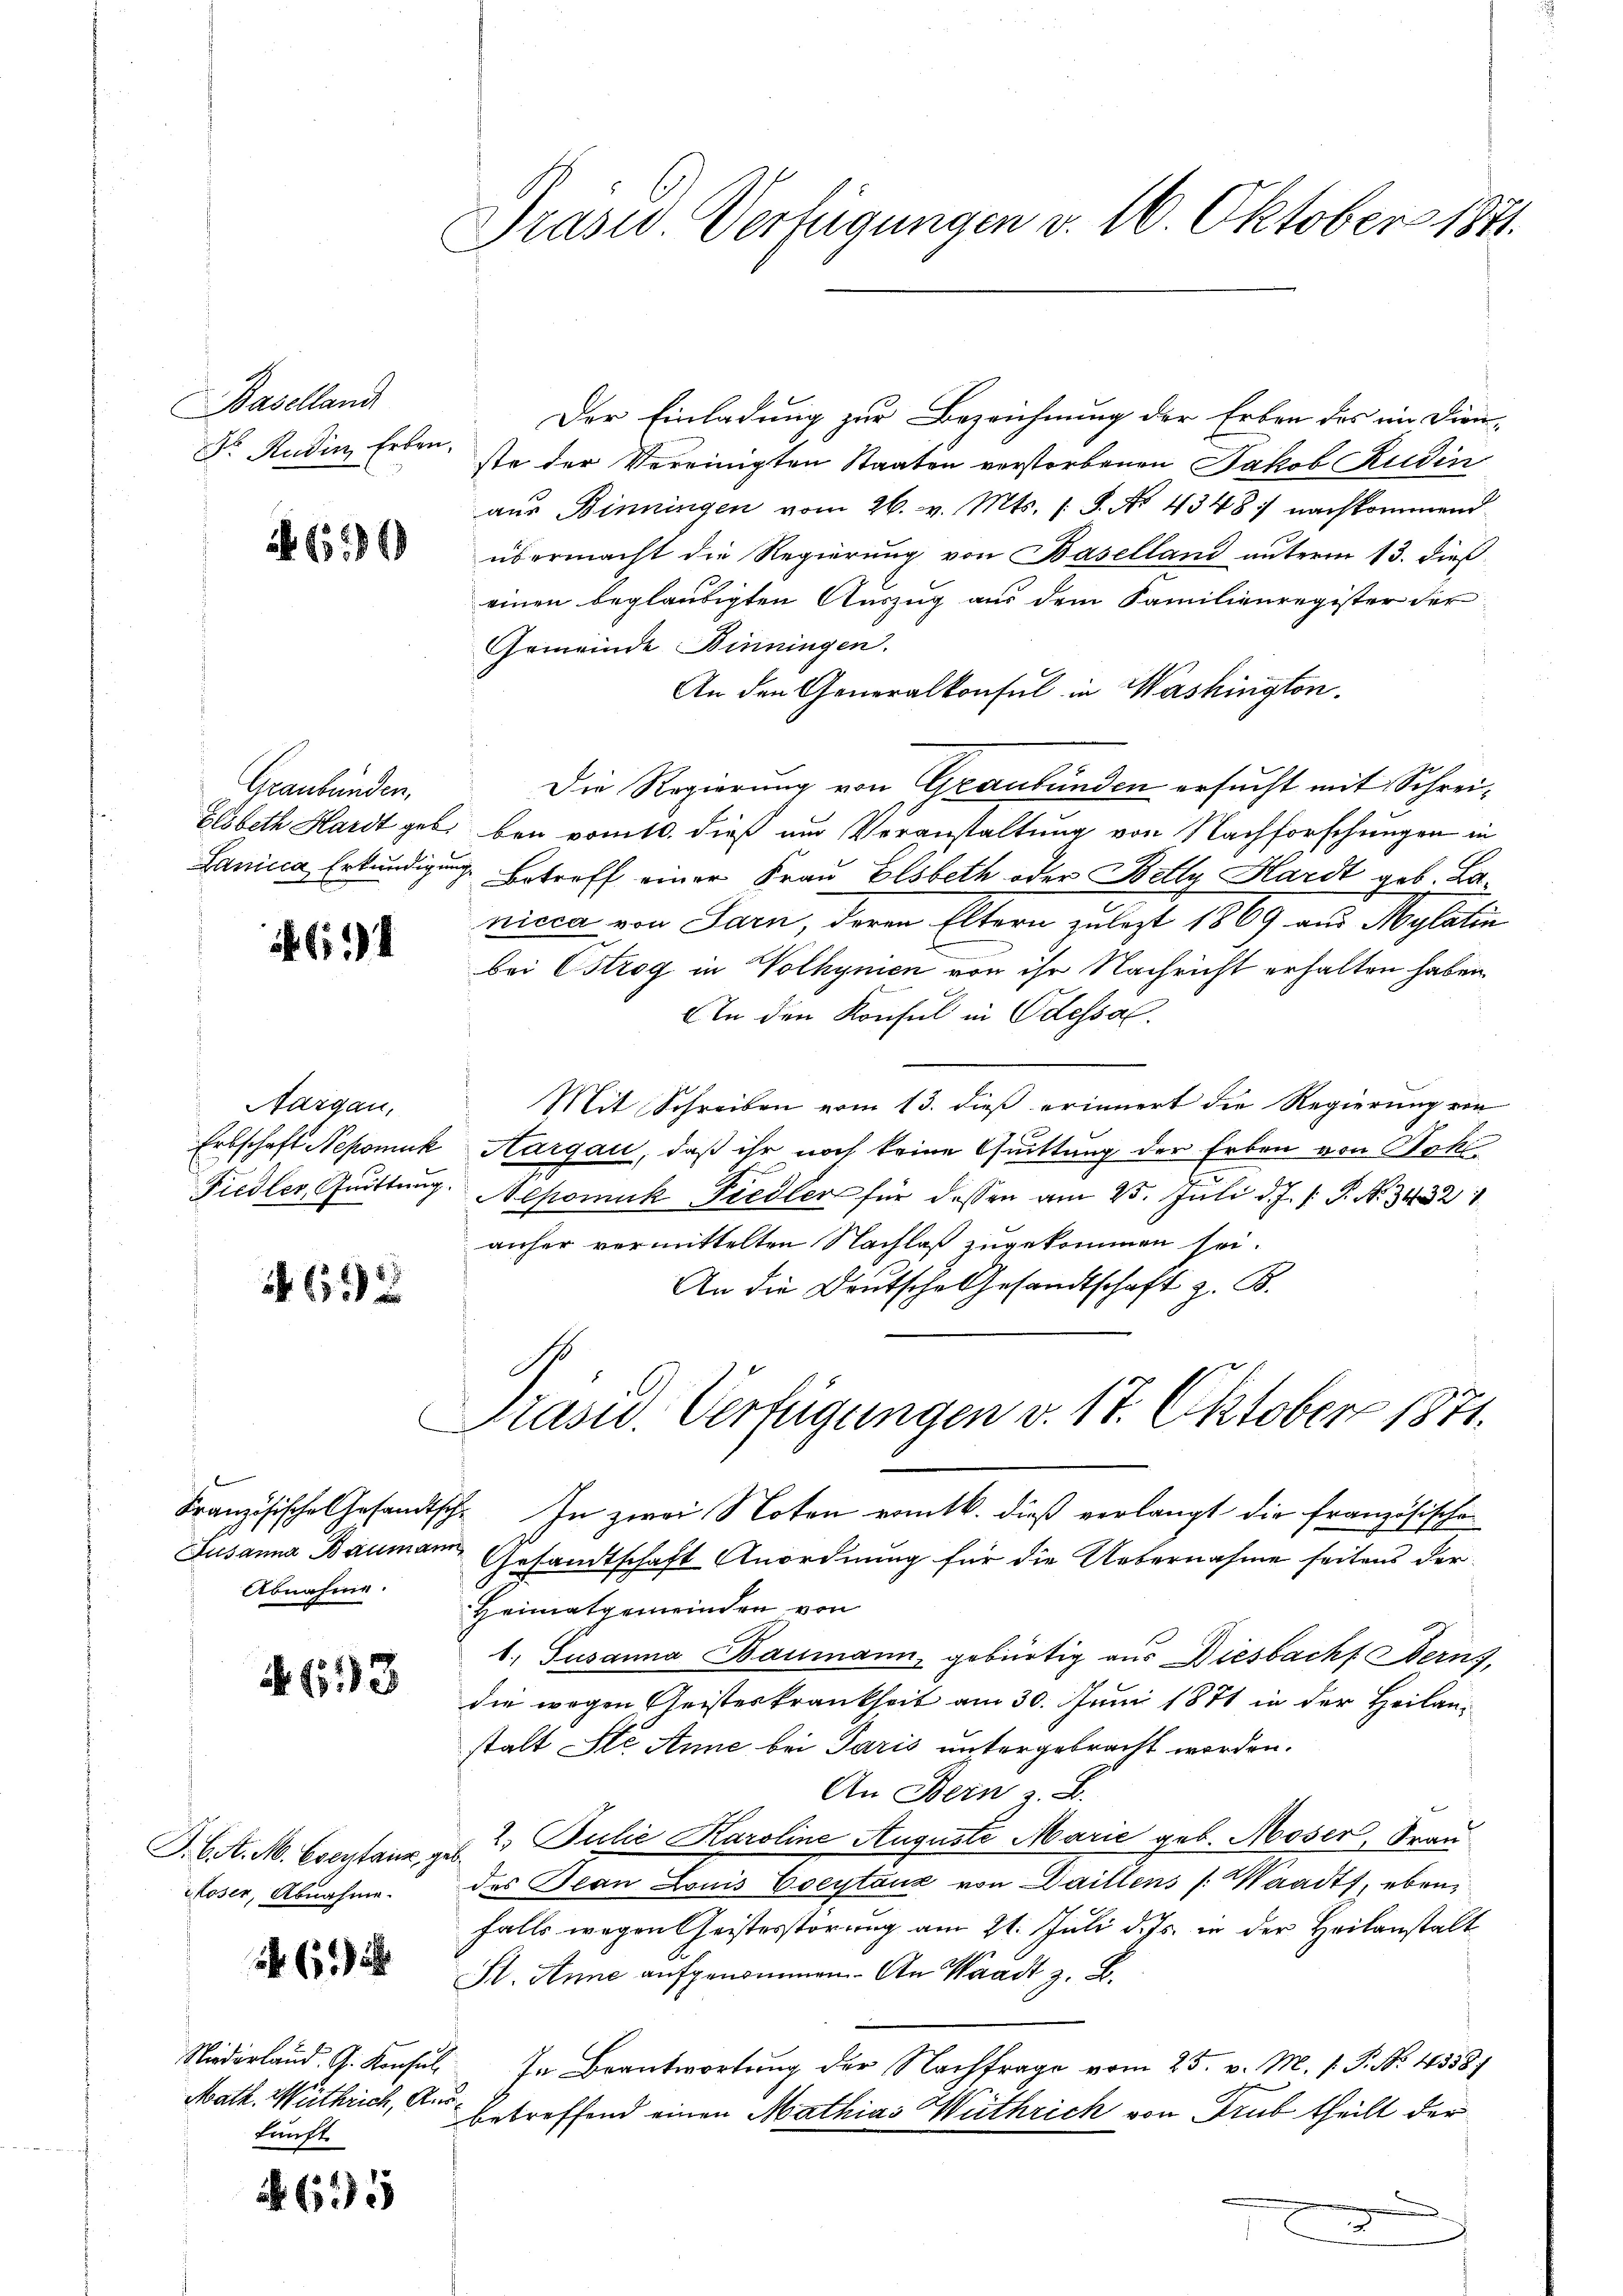
Baselland
Dr. Rudin Erben.

616

Graubünden,

614

Nargau,

692

Französische Gesandts
Abnahme.

(13

J. A. M. Eventaire, z.
Moser, Abnahme.

xx

Niederland. G. Konsul
Math. Wirthrich, A.
kunft

635

Präsid Verfügungen v. 16. Oktober 1841.

Der Einladung zur Bezeichnung der Erben des im Dien-
ste der Vereinigten Staaten verstorbenen Jakob Rudin
aŭs Binningen vom 26. v. Mts. S. Nr. 4348: nachkommend
übermacht die Regierung von Baselland unterm 13. dieß
einen beglaubigten Auszug aus dem Familienregister der
Gemeinde Binningen.
An den Generalkonsul in Washington.
Die Regierung von Graubünden ersucht mit Schrei¬
Elsbeth Hardt geb. bei vom 10. dieß um Veranstaltung von Nachforschringen in
Lanica Erkundigung. Betreff einer Frau Elsbeth oder Belly Hardt geb. Banicca von Sarn, deren Eltern zulezt 1869 aus Mylatin
bei Cstrog in Volhynen von ihr Nachricht erhalten haben.
An den Konsul in Odessal.
Mit Schreiben vom 13. dieß erinnert die Regierung von
Erbschaft Nepomuk Aargau, daß ihr noch keine Quittung der Erben von Sok
Fiedler, Quittung. Nepomuk Fiedler für dassen am 25. Juli d. J. P. P. N. 3432 1
anher vermittelten Nachlaß zugekommen sei.
An die Deutsche Gesandtschaft z. B.
Präsid. Verfügungen v. 17. Oktober 1871.
7. In zwei Noten romtb. dieß verlangt die französischen
Susanna Baumann Gesandtschaft Anordnung für die Uebernahme seitens der
Heimatgemeinden von
1. Susanna Baumann, gebürtig aus Diesbacht Berns,
die wegen Geisteskrankheit am 30. Juni 1871 in der Heilanstalt Ste Anne bei Paris untergebracht worden.
An Dein z. B.
 2. Julie Karoline Auguste Marie geb. Moser, Frau
des Jean Louis Eoeytauz von Daillens (Waadt, eben
falls wegen Geistesstörung am 21. Juli d. Js. in der Heilanstalt
d
H. Anne aufgenommen. An Waadt z. B.
In Beantwortung der Nachfrage vom 25. v. M. v. P. No. 43587
 betreffend einen Mathias Wuthrich von Trub theilt der